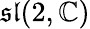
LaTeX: {\mathfrak{sl}}(2,\mathbb{C})